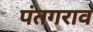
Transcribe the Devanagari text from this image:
पंतगराव